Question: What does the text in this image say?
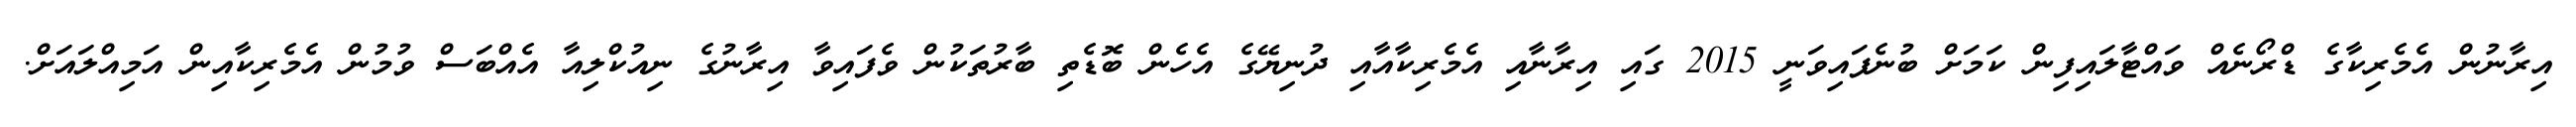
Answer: އިރާނުން އެމެރިކާގެ ޑްރޯނެއް ވައްޓާލައިފިން ކަމަށް ބުނެފައިވަނީ 2015 ގައި އިރާނާއި އެމެރިކާއާއި ދުނިޔޭގެ އެހެން ބޮޑެތި ބާރުތަކުން ވެފައިވާ އިރާނުގެ ނިއުކްލިއާ އެއްބަސް ވުމުން އެމެރިކާއިން އަމިއްލައަށް.